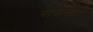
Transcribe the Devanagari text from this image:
राजगीरि